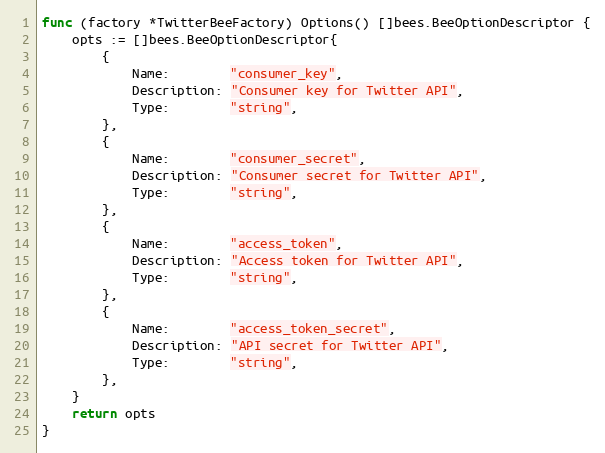
Language: Go
func (factory *TwitterBeeFactory) Options() []bees.BeeOptionDescriptor {
	opts := []bees.BeeOptionDescriptor{
		{
			Name:        "consumer_key",
			Description: "Consumer key for Twitter API",
			Type:        "string",
		},
		{
			Name:        "consumer_secret",
			Description: "Consumer secret for Twitter API",
			Type:        "string",
		},
		{
			Name:        "access_token",
			Description: "Access token for Twitter API",
			Type:        "string",
		},
		{
			Name:        "access_token_secret",
			Description: "API secret for Twitter API",
			Type:        "string",
		},
	}
	return opts
}